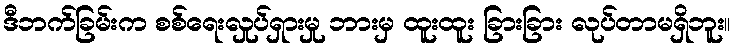
ဒီဘက်ခြမ်းက စစ်ရေးလှုပ်ရှားမှု ဘားမှ ထူးထူး ခြားခြား လုပ်တာမရှိဘူး။